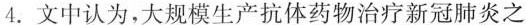
4.文中认为,大规模生产抗体药物治疗新冠肺炎之